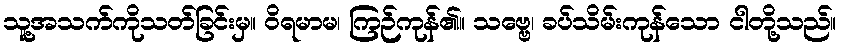
သူ့အသက်ကိုသတ်ခြင်းမှ။ ဝိရမာမ၊ ကြဉ်ကုန်၏။ သဗ္ဗေ၊ ခပ်သိမ်းကုန်သော ငါတို့သည်။